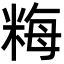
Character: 䊈